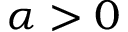
\alpha > 0